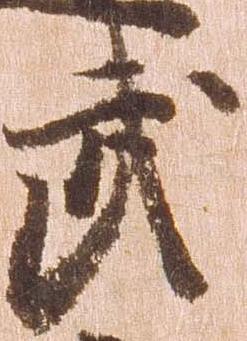
武